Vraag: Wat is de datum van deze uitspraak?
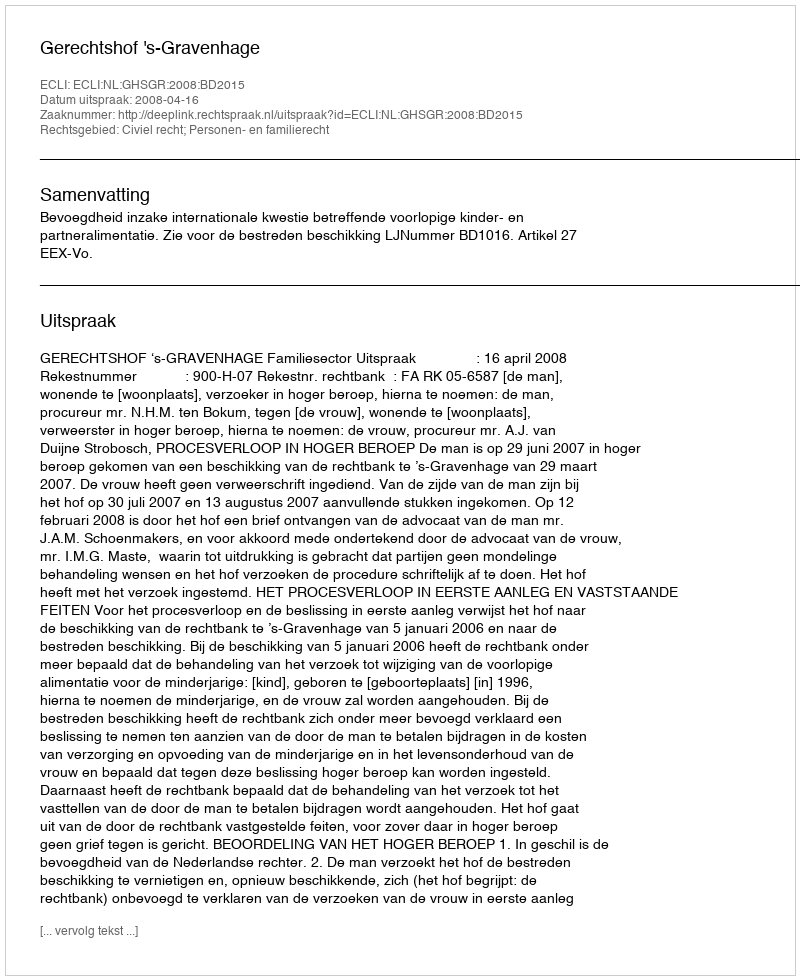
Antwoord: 2008-04-16